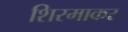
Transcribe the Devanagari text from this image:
शिरमाकर